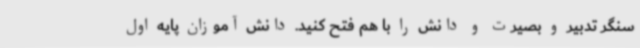
سنگر تدبیر و بصیرت و دانش را با هم فتح کنید. دانش آموزان پایه اول